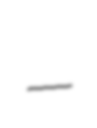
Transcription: –